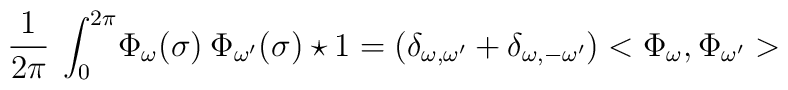
\frac{1}{2\pi}\:\int_0^{2\pi}\!\Phi_\omega(\sigma)\:\Phi_{\omega^\prime}(\sigma) \star 1 = (\delta_{\omega , \omega^\prime} + \delta_{\omega , -\omega^\prime}) <\Phi_\omega,\Phi_{\omega^\prime}>